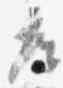
座